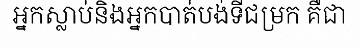
អ្នកស្លាប់និងអ្នកបាត់បង់ទីជម្រក គឺជា